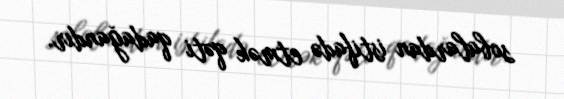
sobalardan istifadə etmək qəti qadağandır.